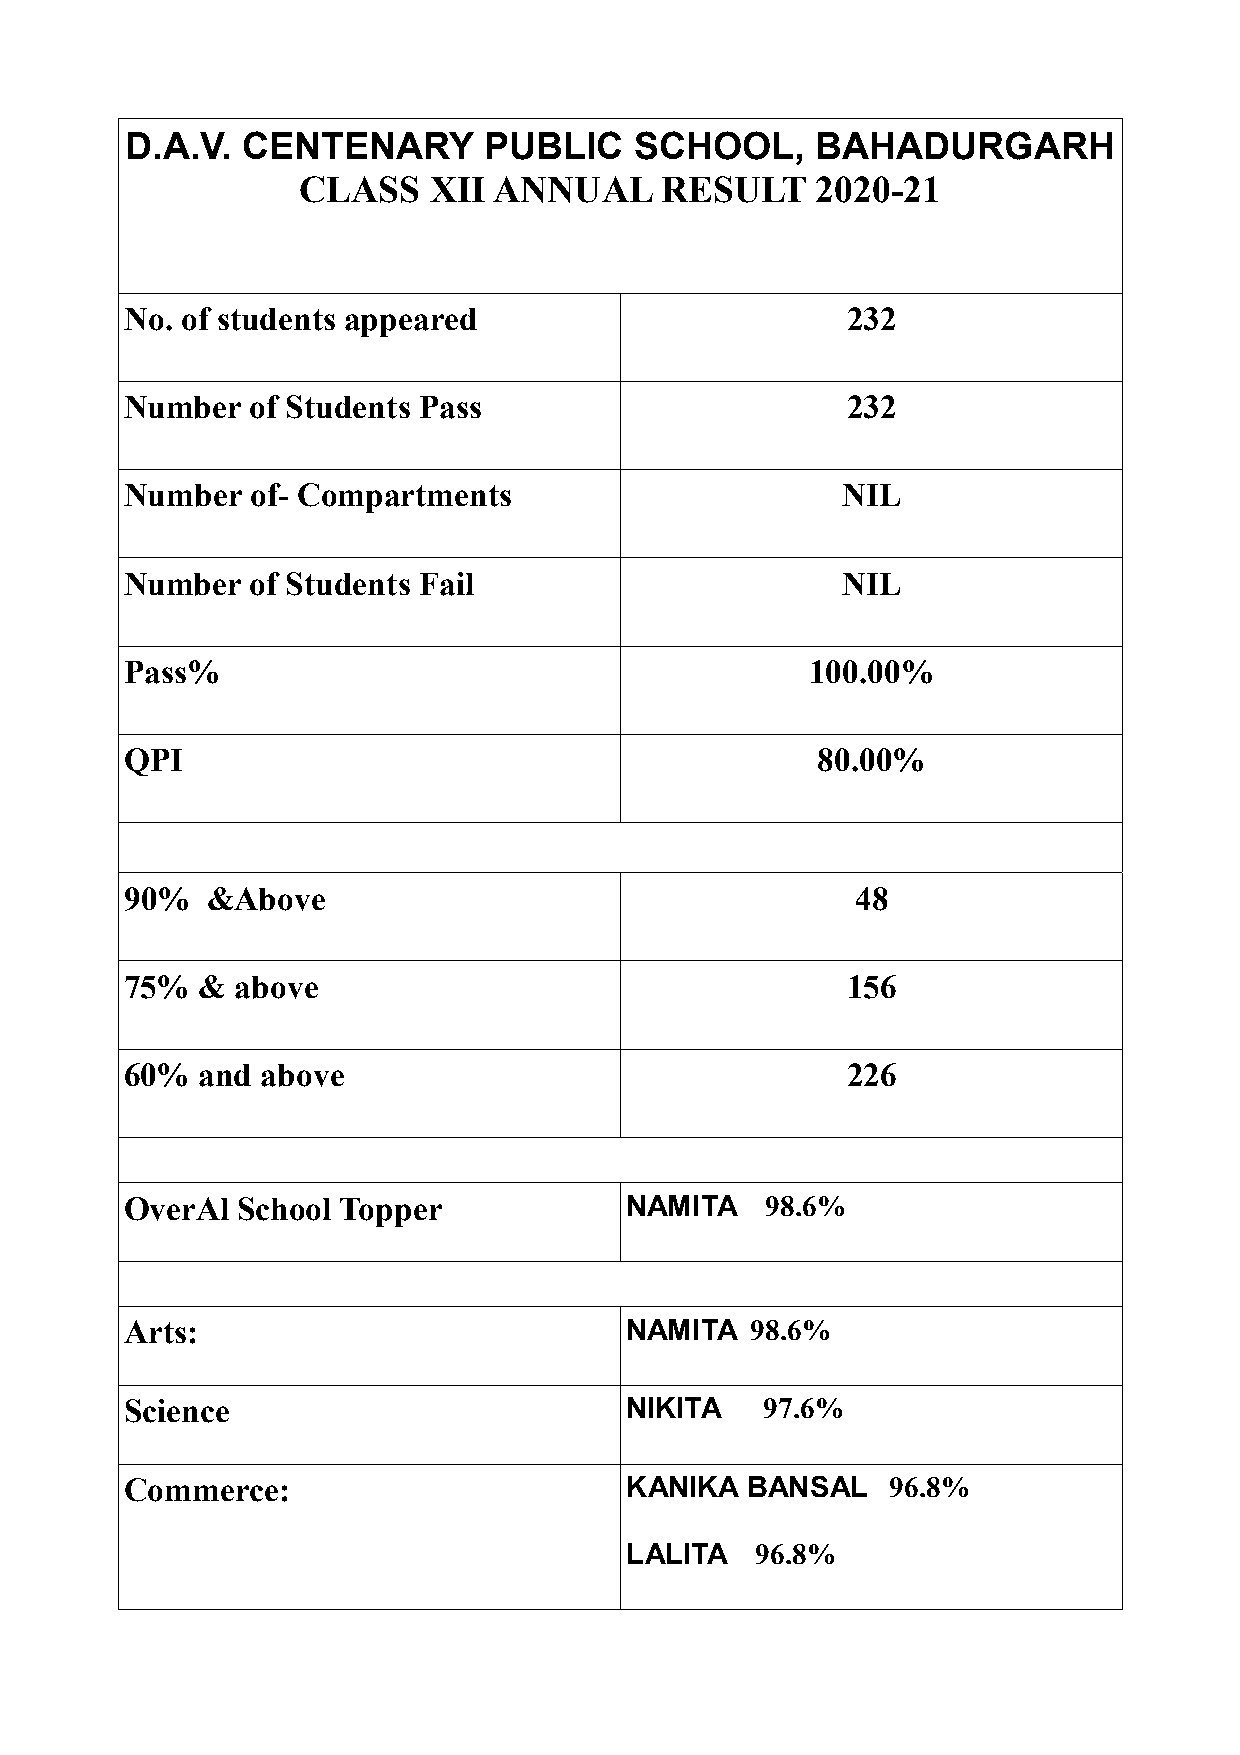
D.A.V.  CENTENARY       PUBLIC    SCHOOL,     BAHADURGARH
 CLASS   XII  ANNUAL     RESULT    2020-21
 No. of students appeared                        232
 Number   of Students Pass                       232
 Number   of- Compartments                       NIL
 Number   of Students Fail                       NIL
 Pass%                                         100.00%
 QPI                                           80.00%
 90%   &Above                                     48
 75%  &  above                                   156
 60%  and above                                  226
 OverAl  School Topper            NAMITA    98.6%
 Arts:                            NAMITA   98.6%
 Science                          NIKITA    97.6%
 Commerce:                        KANIKA  BANSAL    96.8%
 LALITA   96.8%